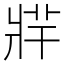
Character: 𤖁